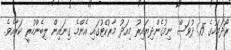
ރޯދަމަހުގެ 15 ދުވަސް ނިމުގެންދިޔައިރު މިއަދު މާރުކޭޓުގައި އެންމެ ގިނައިން ލިބެންހުރީ ކަރާއެވެ.